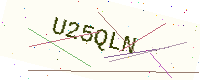
Text: U25QLN